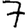
Digit: 7